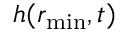
h ( r _ { \operatorname* { m i n } } , t )